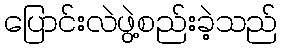
ပြောင်းလဲဖွဲ့စည်းခဲ့သည်